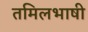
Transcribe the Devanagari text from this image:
तमिलभाषी